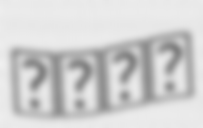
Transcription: עמוס